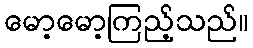
မော့မော့ကြည့်သည်။